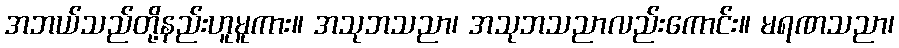
အဘယ်သည်တို့နည်းဟူမူကား။ အသုဘသညာ၊ အသုဘသညာလည်းကောင်း။ မရဏသညာ၊